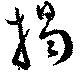
掲